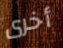
أخرى